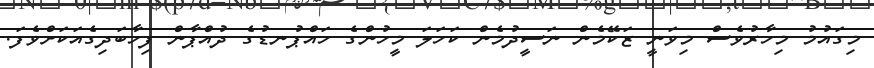
މިގައުމު މިހާރުވެސް މިވަނީ ޒަކޭމެން ނަސީދުމެން ކަަހަލަ މީހުންގެ ހައްޕުނޑުގެ ދުއްޕާން ފިހާބަދިގެއަކަށްވެފަ.